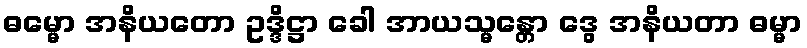
ဓမ္မော အနိယတော ဥဒ္ဒိဋ္ဌာ ခေါ အာယသ္မန္တော ဒွေ အနိယတာ ဓမ္မာ